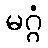
မဂ္ဂံ